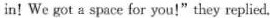
in! We got a space for you!" they replied.